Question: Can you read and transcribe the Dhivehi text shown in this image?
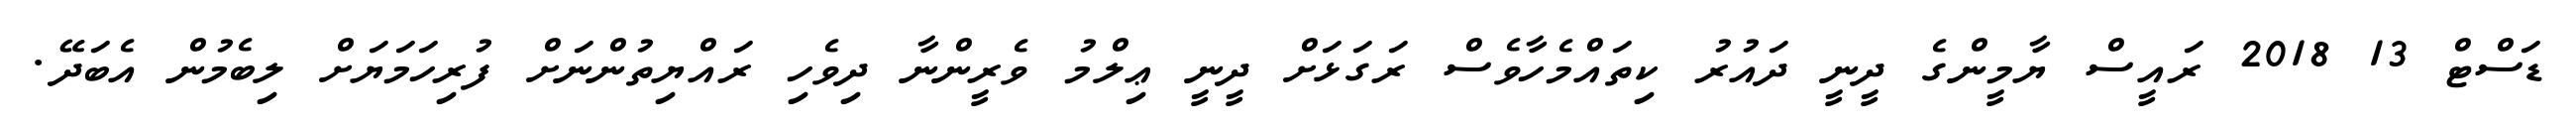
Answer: ޑަސްޓް 13 2018 ރައީސް ޔާމީންގެ ދީނީ ދައުރު ކިތައްމެހާވެސް ރަގަޅަށް ދީނީ ޢިލްމު ވެރީންނާ ދިވެހި ރައްޔިތުންނަށް ފުރިހަމަޔަށް ލިބެމުން އެބަދޭ.